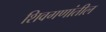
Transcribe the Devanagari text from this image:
शिवगणांतील